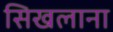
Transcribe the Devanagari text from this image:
सिखलाना